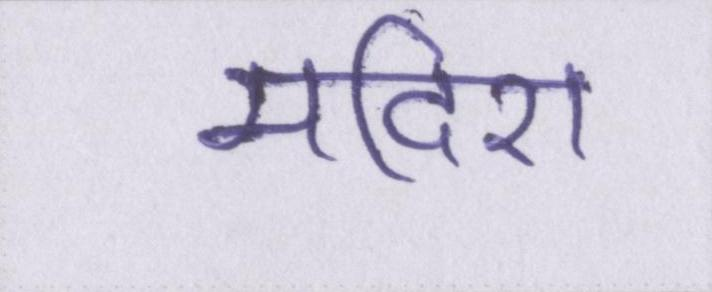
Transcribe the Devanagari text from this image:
मदिरा